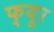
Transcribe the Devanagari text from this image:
फ्यूर